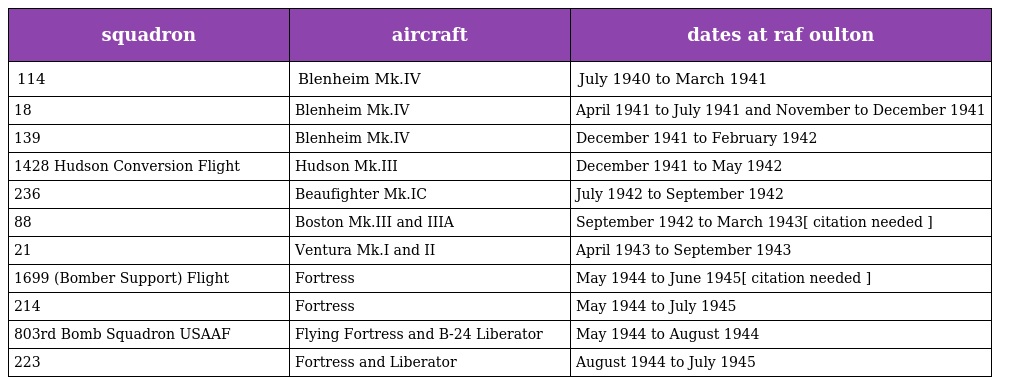
| squadron | aircraft | dates at raf oulton |
 | --- | --- | --- |
 | 114 | Blenheim Mk.IV | July 1940 to March 1941 |
 | 18 | Blenheim Mk.IV | April 1941 to July 1941 and November to December 1941 |
 | 139 | Blenheim Mk.IV | December 1941 to February 1942 |
 | 1428 Hudson Conversion Flight | Hudson Mk.III | December 1941 to May 1942 |
 | 236 | Beaufighter Mk.IC | July 1942 to September 1942 |
 | 88 | Boston Mk.III and IIIA | September 1942 to March 1943[ citation needed ] |
 | 21 | Ventura Mk.I and II | April 1943 to September 1943 |
 | 1699 (Bomber Support) Flight | Fortress | May 1944 to June 1945[ citation needed ] |
 | 214 | Fortress | May 1944 to July 1945 |
 | 803rd Bomb Squadron USAAF | Flying Fortress and B-24 Liberator | May 1944 to August 1944 |
 | 223 | Fortress and Liberator | August 1944 to July 1945 |